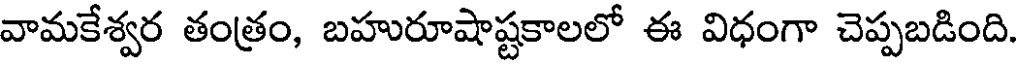
వామకేశ్వర తంత్రం, బహురూషాష్టకాలలో ఈ విధంగా చెప్పబడింది.